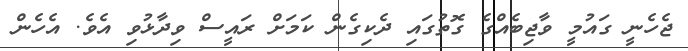
ޖެހެނީ ގައުމީ ވާޖިބެއްގެ ގޮތުގައި ދެކިގެން ކަމަށް ރައީސް ވިދާޅުވި އެވެ. އެހެން